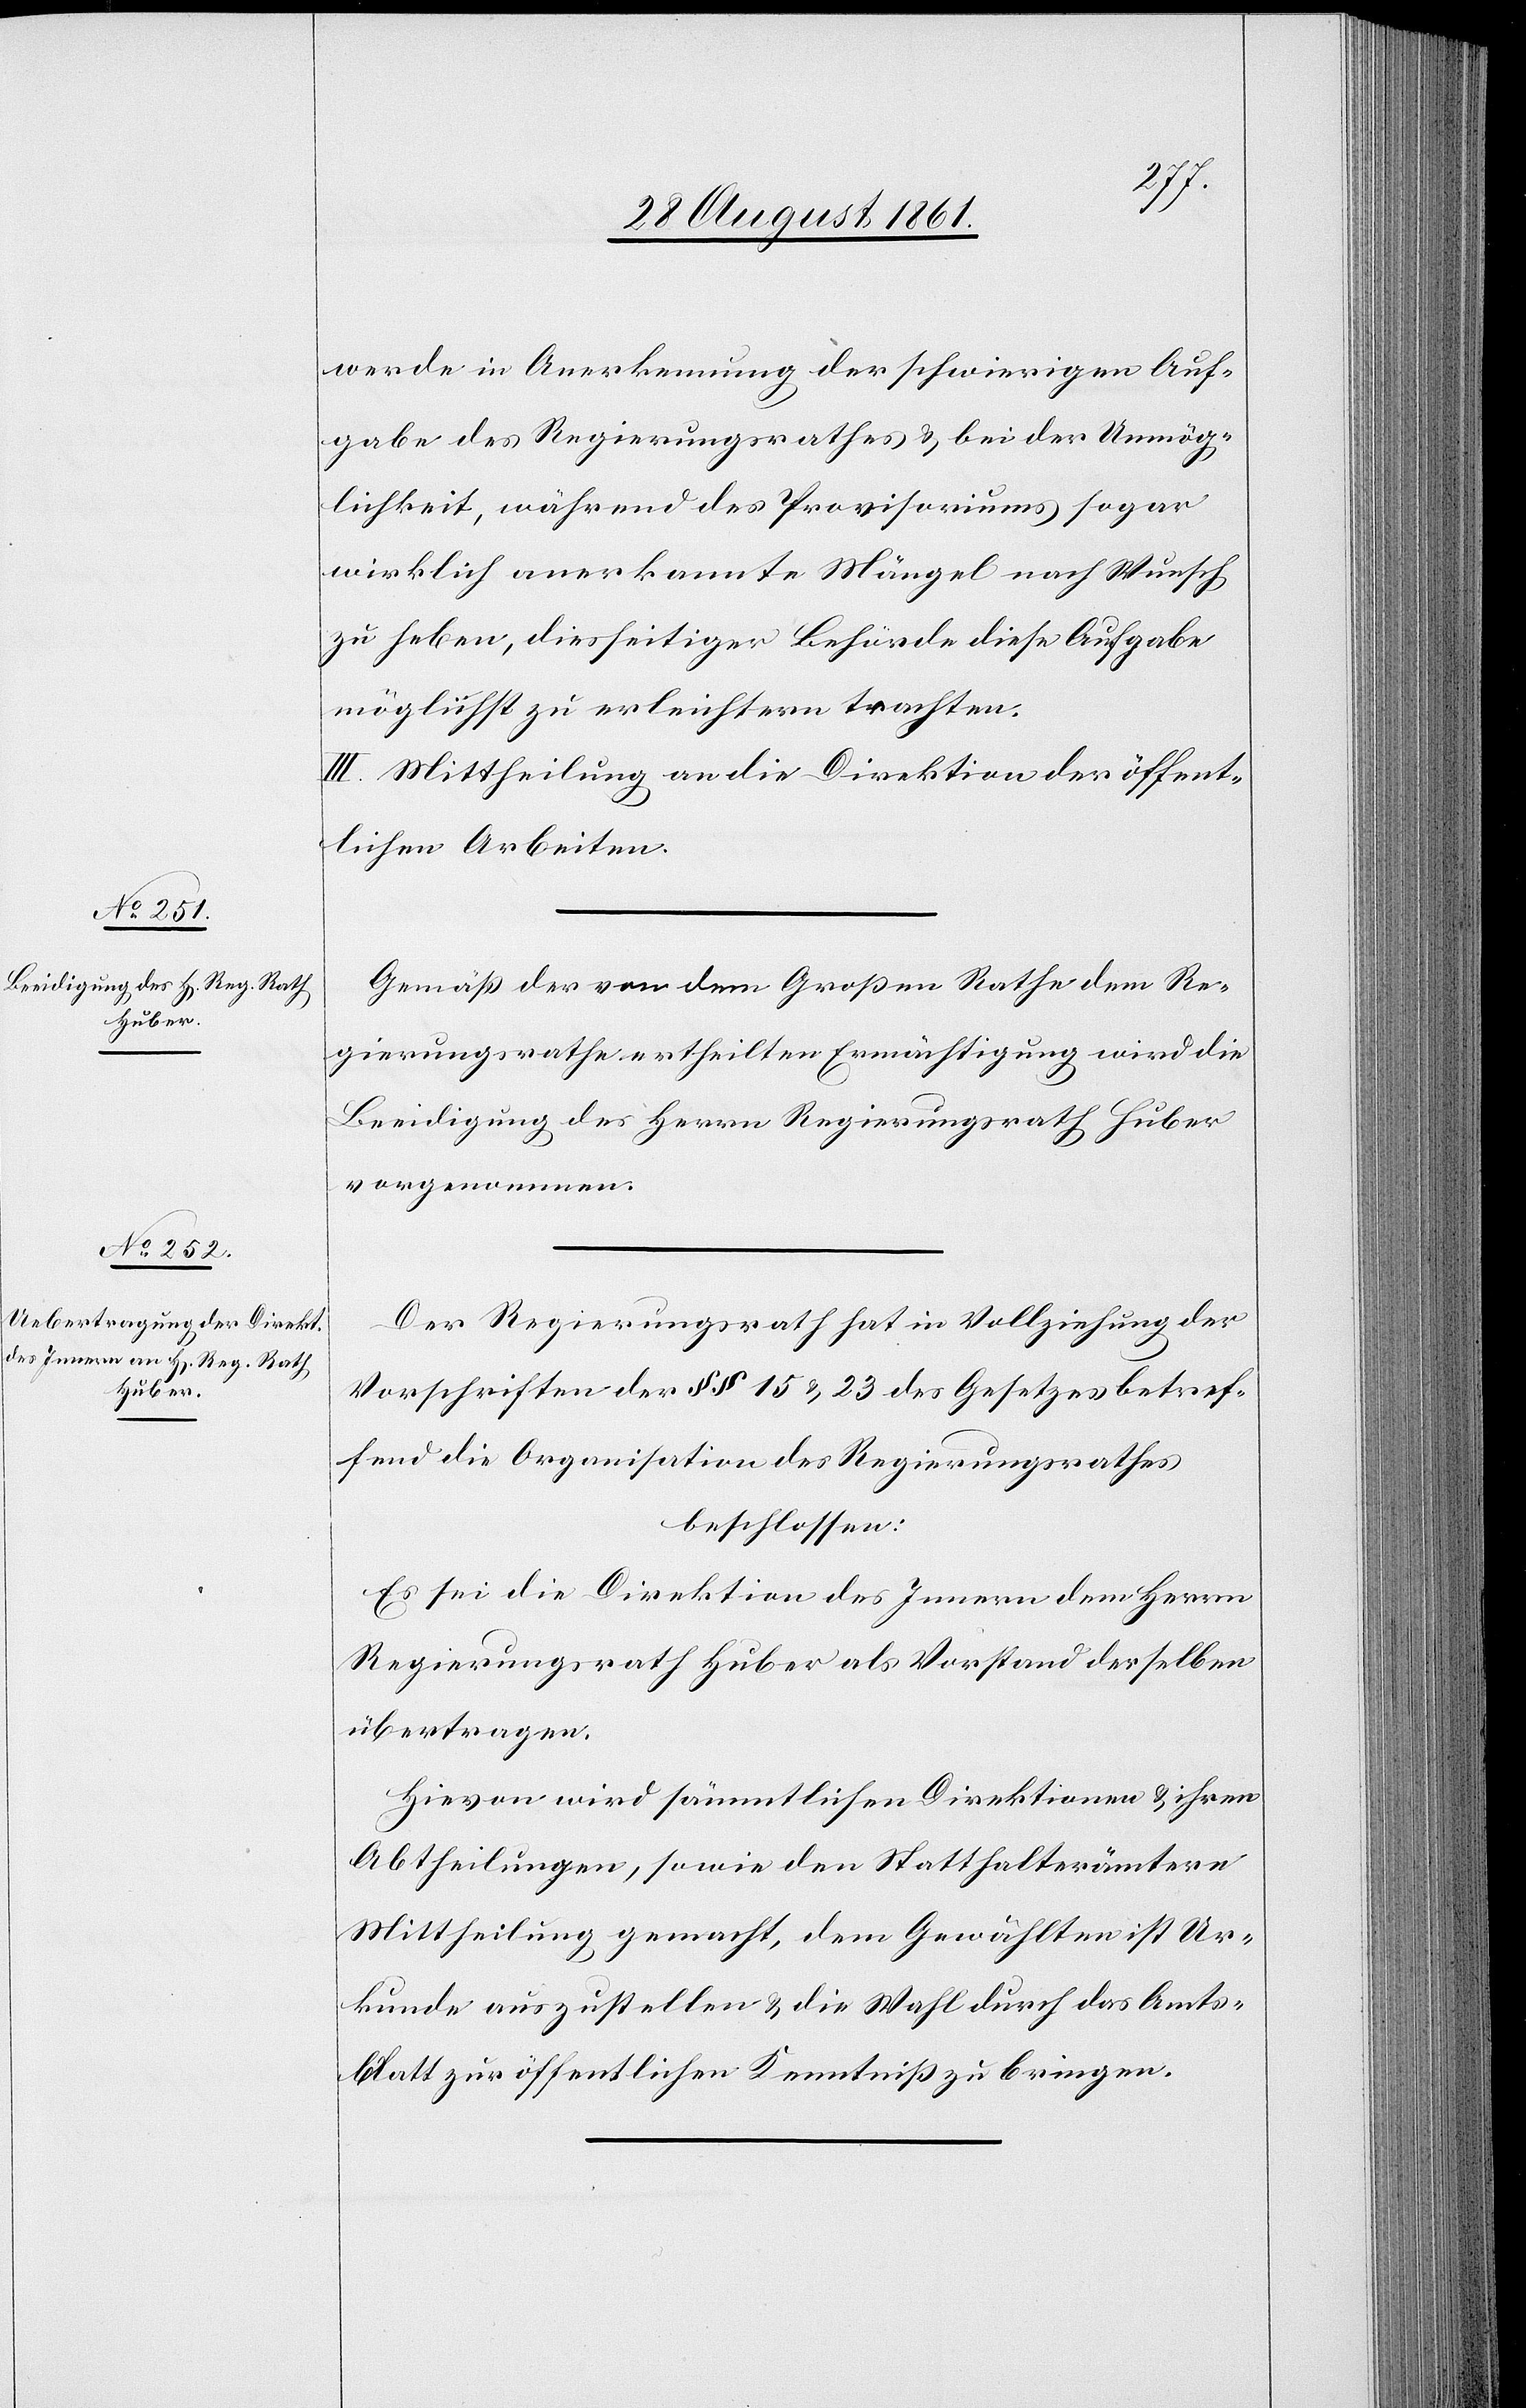
werde in Anerkennung der schwierigen Auf¬
gabe des Regierungsrathes u. bei der Unmög¬
lichkeit, während des Provisoriums sogar
wirklich anerkannte Mängel nach Wunsch
zu heben, diesseitiger Behörde diese Aufgabe
möglichst zu erleichtern trachten.
III. Mittheilung an die Direktion der öffent¬
lichen Arbeiten.
Gemäß der von dem Großen Rathe dem Re¬
gierungsrathe ertheilten Ermächtigung wird die
Beeidigung des Herrn Regierungsrath Huber
vorgenommen.
Der Regierungsrath hat in Vollziehung der
Vorschriften der §§ 15 u. 23 des Gesetzes betref¬
fend die Organisation des Regierungsrathes
beschlossen:
Es sei die Direktion des Innern dem Herrn
Regierungsrath Huber als Vorstand derselben
übertragen.
Hievon wird sämmtlichen Direktionen u. ihren
Abtheilungen, sowie den Statthalterämtern
Mittheilung gemacht, dem Gewählten ist Ur¬
kunde auszustellen u. die Wahl durch das Amts¬
blatt zur öffentlichen Kenntniß zu bringen.